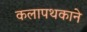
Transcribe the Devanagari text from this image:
कलापथकाने